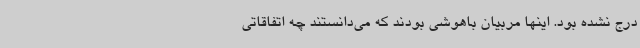
درج نشده بود. اینها مربیان باهوشی بودند که می‌دانستند چه اتفاقاتی